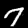
Label: 7